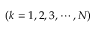
( k = 1 , 2 , 3 , \cdots , N )